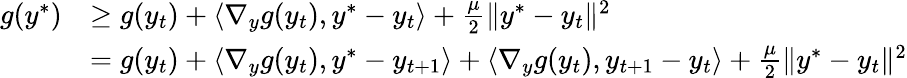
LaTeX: \begin{array}{rl}{g(y^{*})}&{\geq g(y_{t})+\langle\nabla_{y}g(y_{t}),y^{*}-y_{t}\rangle+\frac{\mu}{2}\| y^{*}-y_{t}\| ^{2}}\\ &{=g(y_{t})+\langle\nabla_{y}g(y_{t}),y^{*}-y_{t+1}\rangle+\langle\nabla_{y}g(y_{t}),y_{t+1}-y_{t}\rangle+\frac{\mu}{2}\| y^{*}-y_{t}\| ^{2}}\end{array}